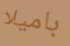
باميلا